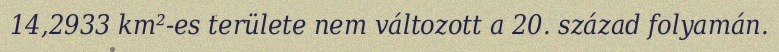
14,2933 km²-es területe nem változott a 20. század folyamán.